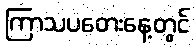
ကြာသပတေးနေ့တွင်